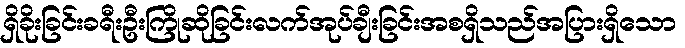
ရှိခိုးခြင်းခရီးဦးကြိုဆိုခြင်းလက်အုပ်ချီးခြင်းအစရှိသည်အပြားရှိသော